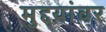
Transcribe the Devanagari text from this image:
मुद्दय़ांवर